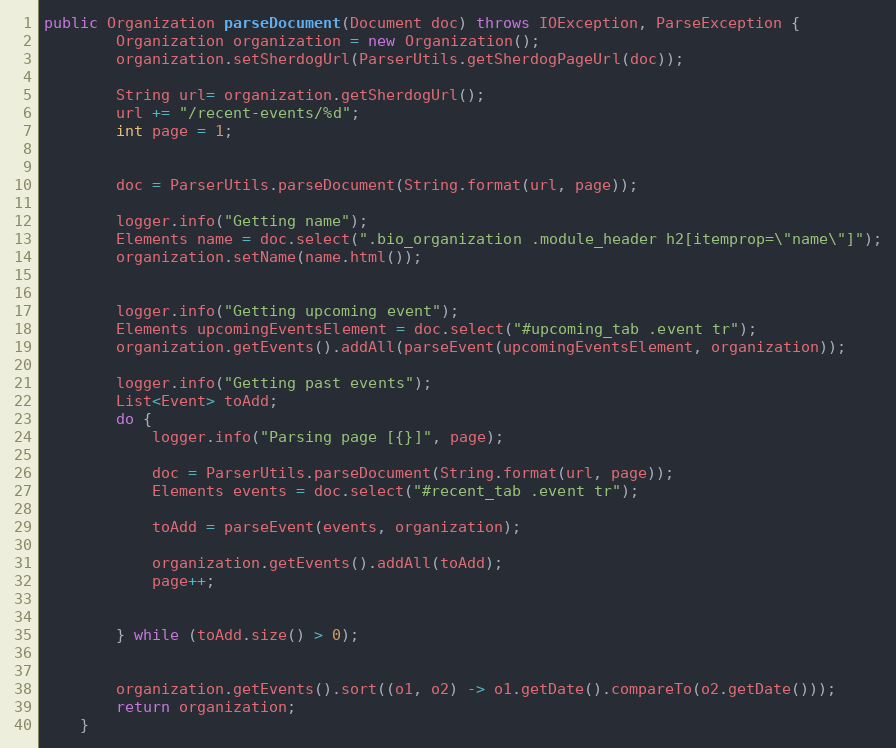
Language: Java
public Organization parseDocument(Document doc) throws IOException, ParseException {
        Organization organization = new Organization();
        organization.setSherdogUrl(ParserUtils.getSherdogPageUrl(doc));

        String url= organization.getSherdogUrl();
        url += "/recent-events/%d";
        int page = 1;

        doc = ParserUtils.parseDocument(String.format(url, page));

        logger.info("Getting name");
        Elements name = doc.select(".bio_organization .module_header h2[itemprop=\"name\"]");
        organization.setName(name.html());

        logger.info("Getting upcoming event");
        Elements upcomingEventsElement = doc.select("#upcoming_tab .event tr");
        organization.getEvents().addAll(parseEvent(upcomingEventsElement, organization));

        logger.info("Getting past events");
        List<Event> toAdd;
        do {
            logger.info("Parsing page [{}]", page);

            doc = ParserUtils.parseDocument(String.format(url, page));
            Elements events = doc.select("#recent_tab .event tr");

            toAdd = parseEvent(events, organization);

            organization.getEvents().addAll(toAdd);
            page++;

        } while (toAdd.size() > 0);

        organization.getEvents().sort((o1, o2) -> o1.getDate().compareTo(o2.getDate()));
        return organization;
    }